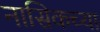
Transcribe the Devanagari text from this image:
नासिकच्या